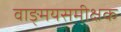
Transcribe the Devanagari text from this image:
वाङ्मयसमीक्षक